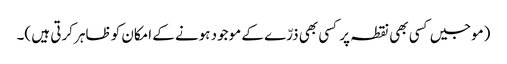
(موجیں کسی بھی نقطہ پر کسی بھی ذرّے کے موجود ہونے کے امکان کو ظاہر کرتی ہیں )۔